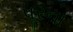
પૂરના